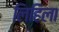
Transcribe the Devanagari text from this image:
लिहिला